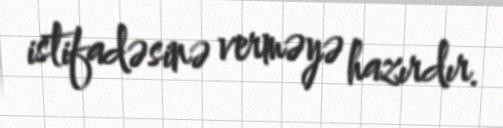
istifadəsinə verməyə hazırdır.